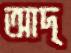
আদ্